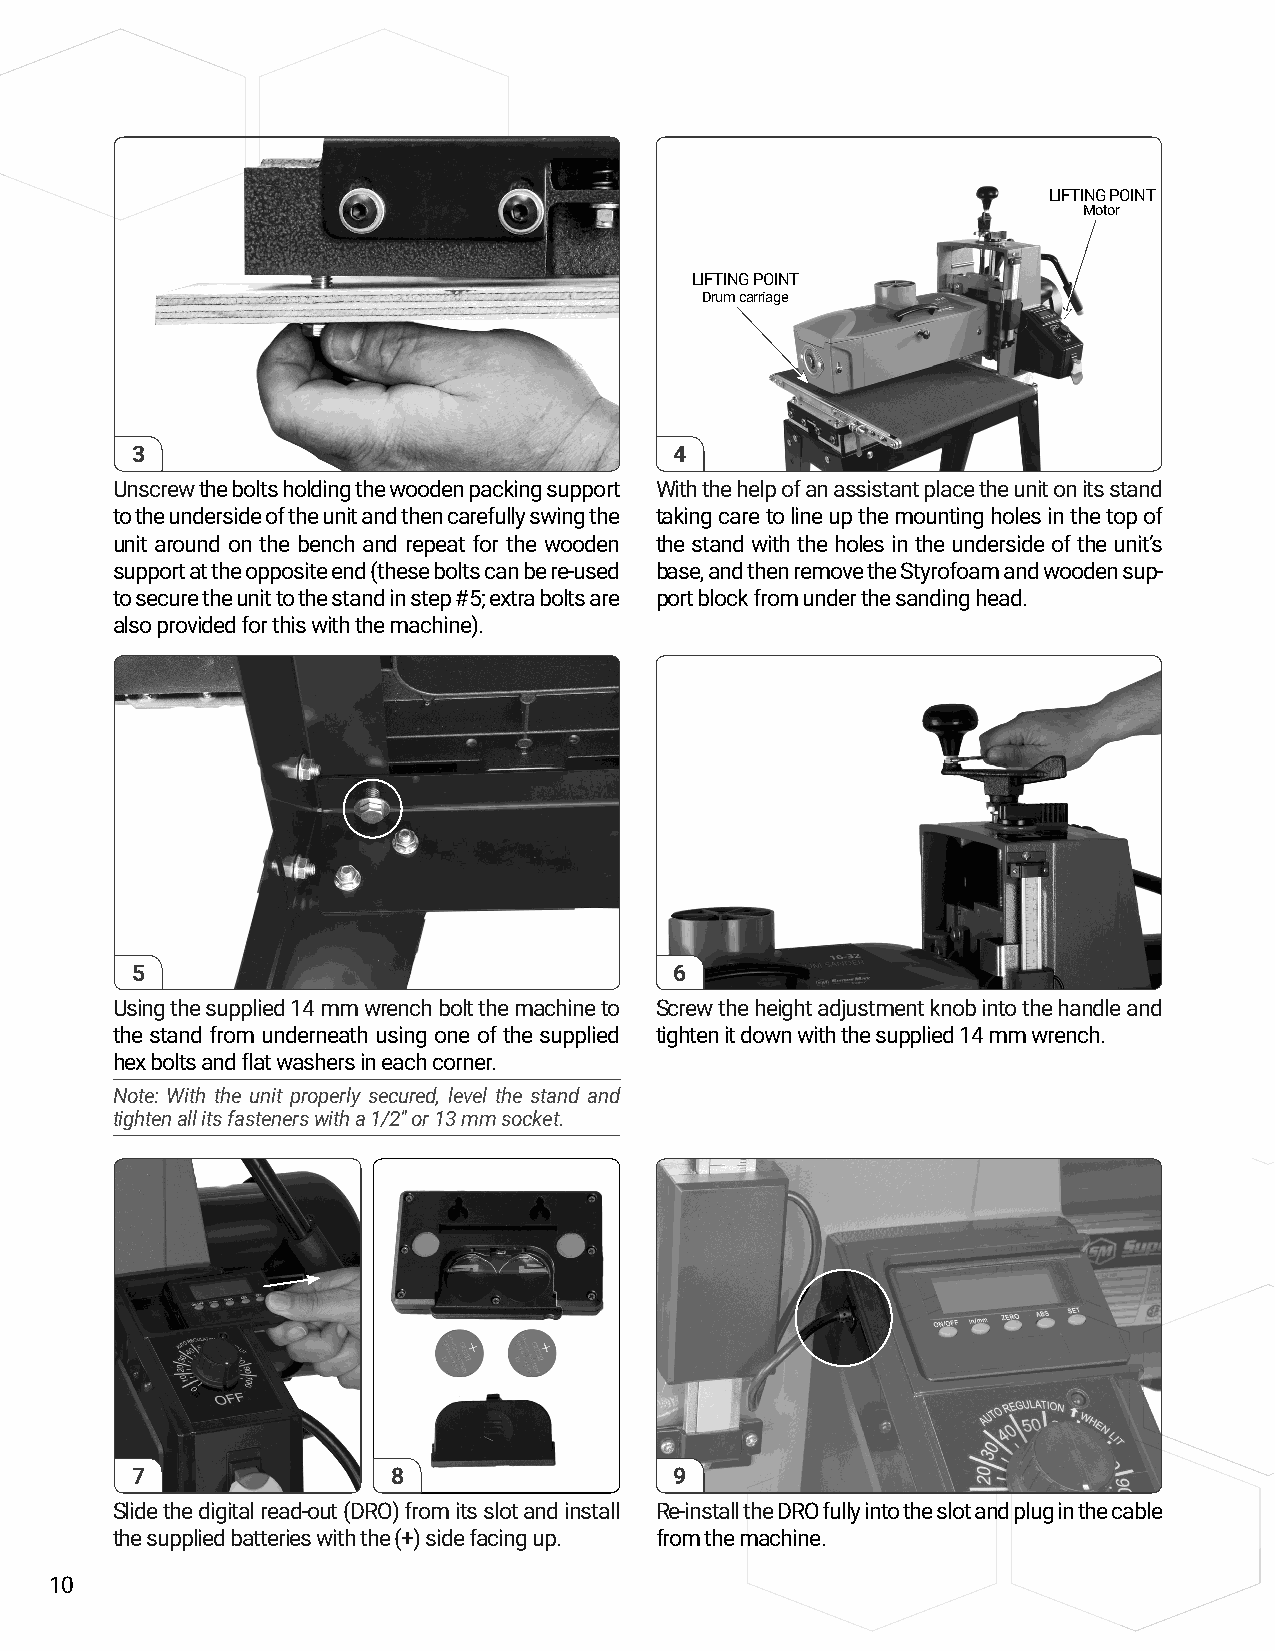
LIFTING POINT
 Motor
 LIFTING POINT
 Drum carriage
 3                                   4
 Unscrew the bolts holding the wooden packing support With the help of an assistant place the unit on its stand
 to the underside of the unit and then carefully swing the taking care to line up the mounting holes in the top of
 unit around on the bench and repeat for the wooden the stand with the holes in the underside of the unit’s
 support at the opposite end (these bolts can be re-used base, and then remove the Styrofoam and wooden sup-
 to secure the unit to the stand in step #5; extra bolts are port block from under the sanding head.
 also provided for this with the machine).
 5                                   6
 Using the supplied 14 mm wrench bolt the machine to Screw the height adjustment knob into the handle and
 the stand from underneath using one of the supplied tighten it down with the supplied 14 mm wrench.
 hex bolts and flat washers in each corner.
 Note: With the unit properly secured, level the stand and
 tighten all its fasteners with a 1/2" or 13 mm socket.
 7                8                  9
 Slide the digital read-out (DRO) from its slot and install Re-install the DRO fully into the slot and plug in the cable
 the supplied batteries with the (+) side facing up. from the machine.
 10